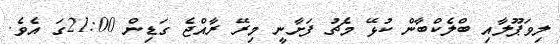
ލިވަޕޫލާއި ބްލެކްބާން ކުޅޭ މެޗު ފަށާނީ މިރޭ ރާއްޖެ ގަޑިން 21:00ގަ އެވެ.